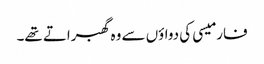
فارمیسی کی دواؤں سے وہ گھبراتے تھے۔